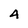
Character: 4